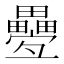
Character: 𤴁